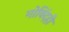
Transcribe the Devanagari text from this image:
गोविंदही